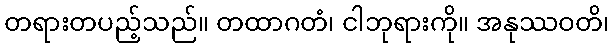
တရားတပည့်သည်။ တထာဂတံ၊ ငါဘုရားကို။ အနုဿဝတိ၊